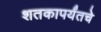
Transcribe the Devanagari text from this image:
शतकापर्यंतचे